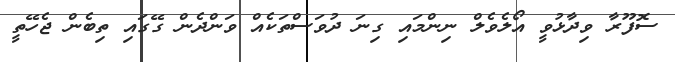
ސޮފޫރާ ވިދާޅުވީ އޯލެވެލް ނިންމައި ގިނަ ދުވަސްތަކެއް ވަންދެން ގޭގައި ތިބެން ޖެހޭތީ